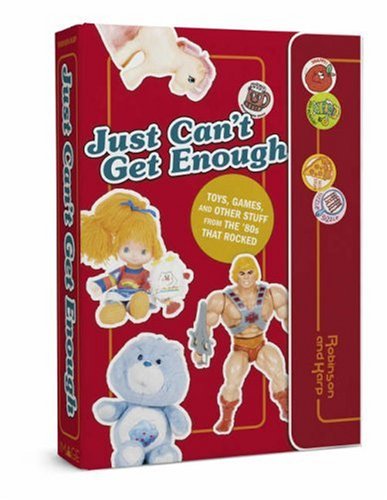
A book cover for Just Can't Get Enough: Toys, Games, and Other Stuff from the 80s that Rocked; Matthew Robinson; Humor & Entertainment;